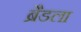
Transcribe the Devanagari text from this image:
ब्रैडला